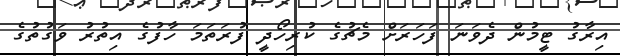
އިރާގު ޓީމުން ދެވަނަ ފަހަރަށް މެޗުގެ ކުރިހޯދީ ފުރަތަމަ ހާފުގެ އިތުރު ވަގުތުގެ